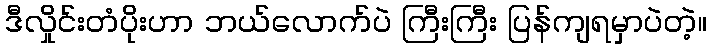
ဒီလှိုင်းတံပိုးဟာ ဘယ်လောက်ပဲ ကြီးကြီး ပြန်ကျရမှာပဲတဲ့။